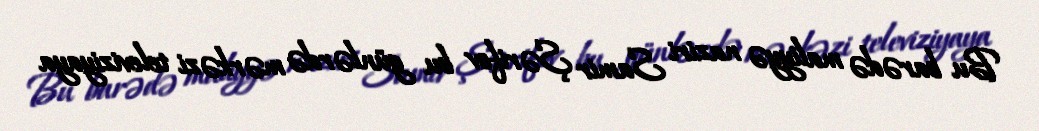
Bu barədə maliyyə naziri Samir Şərifov bu günlərdə mərkəzi televiziyaya